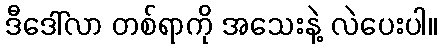
ဒီဒေါ်လာ တစ်ရာကို အသေးနဲ့ လဲပေးပါ။